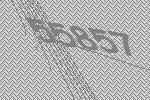
55857